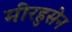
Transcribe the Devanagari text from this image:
मीरहुसेन